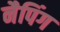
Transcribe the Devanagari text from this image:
नैपिंग